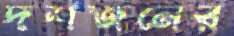
দশজনের